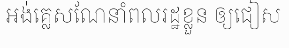
អង់គ្លេសណែនាំពលរដ្ឋខ្លួន ឲ្យជៀស